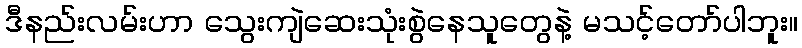
ဒီနည်းလမ်းဟာ သွေးကျဲဆေးသုံးစွဲနေသူတွေနဲ့ မသင့်တော်ပါဘူး။